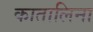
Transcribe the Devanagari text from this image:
कातालिना